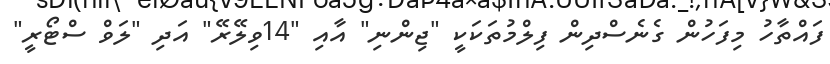
ފައްތާހު މިފަހުން ގެނެސްދިން ފިލްމުތަކަކީ "ޖިންނި" އާއި "14ވިލޭރޭ" އަދި "ލަވް ސްޓޯރީ"